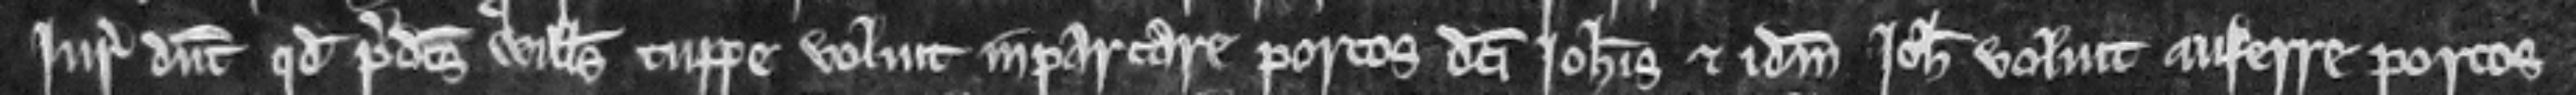
Juratores dicunt quod predictus Willelmus Tuppe voluit inparcare porcos dicti Johannis et idem Johannes voluit auferre porcos